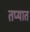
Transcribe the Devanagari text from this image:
तप्यात